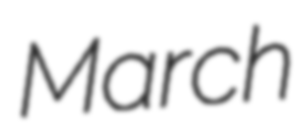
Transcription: March